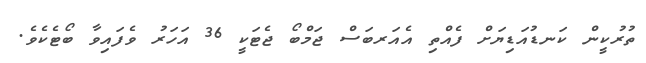
ތުރުކީން ކަނޑުއަޑިޔަށް ފެއްތި އެއަރބަސް ޖަމްބޯ ޖެޓަކީ 36 އަހަރު ވެފައިވާ ބޯޓެކެވެ.